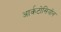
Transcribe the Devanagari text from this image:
आर्कटोसियोन